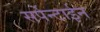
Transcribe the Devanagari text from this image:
सर्पेन्टाईन